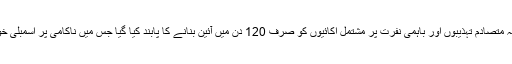
بددیانتی کی حد تھی کہ متصادم تہذیبوں اور باہمی نفرت پر مشتمل اکائیوں کو صرف 120 دن میں آئین بنانے کا پابند کیا گیا جس میں ناکامی پر اسمبلی خودبخود تحلیل ہو جاتی۔